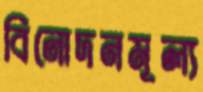
বিনোদনমূল্য